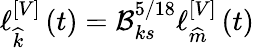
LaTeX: \ell{}_{\widehat{k}}^{\left[V\right]}\left(t\right)=\mathcal{B}_{ks}^{5/18}\ell{}_{\widehat{m}}^{\left[V\right]}\left(t\right)